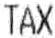
TAX